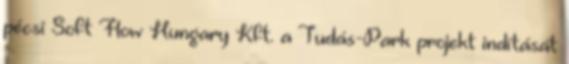
pécsi Soft Flow Hungary Kft. a Tudás-Park projekt indítását